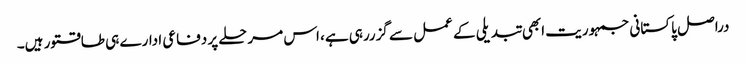
دراصل پاکستانی جمہوریت ابھی تبدیلی کے عمل سے گزررہی ہے، اس مرحلے پر دفاعی ادارے ہی طاقتور ہیں۔